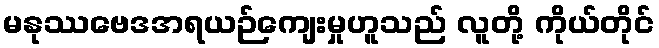
မနုဿဗေဒအရယဉ်ကျေးမှုဟူသည် လူတို့ ကိုယ်တိုင်